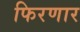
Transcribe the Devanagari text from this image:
फिरणार